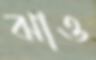
ঝাও